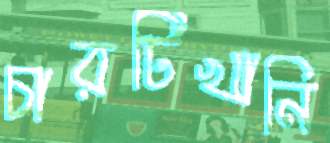
চারটিখানি